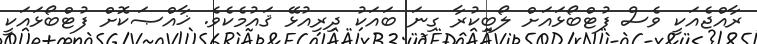
ރާއްޖެއަކީ ވެސް ފުޓްބޯޅައަށް ލޯބިކުރާ ގިނަ ބައަކު ދިރިއުޅޭ ޤައުމެކެވެ. ޚާއްޞަކޮށް ފުޓްބޯޅައަކީ